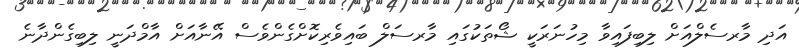
އަދި މާރސެލްއަށް ލިބިފައިވާ މިހުނަރަކީ ޝޯތަކުގައި މާރސަލް ބައިވެރިކޮށްގެންވެސް އޭނާއަށް އާމްދަނީ ލިބިގެންދާނެ